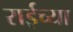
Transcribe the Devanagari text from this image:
राईच्या